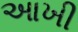
આખી